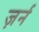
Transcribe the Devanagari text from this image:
ज़र्न